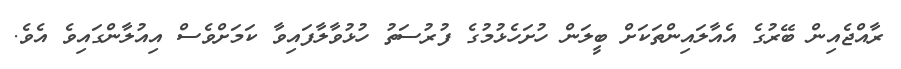
ރާއްޖެއިން ބޭރުގެ އެއާލައިންތަކަށް ބީލަން ހުށަހެޅުމުގެ ފުރުސަތު ހުޅުވާލާފައިވާ ކަމަށްވެސް އިއުލާންގައިވެ އެވެ.